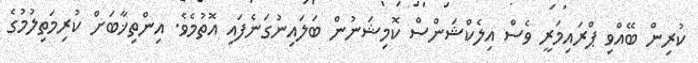
ކުރިން ބޭއްވި ޕްރައިމަރީ ވެސް އިލެކްޝަންސް ކޮމިޝަނުން ބަލައިނުގަނެފައި އޮތުމެވެ. އިންތިޚާބަށް ކުރިމަތިލުމުގެ